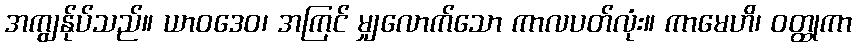
အကျွန်ုပ်သည်။ ယာဝဒေဝ၊ အကြင် မျှလောက်သော ကာလပတ်လုံး။ ကာမေဟိ၊ ဝတ္ထုကာ